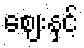
ဈေးနှင့်